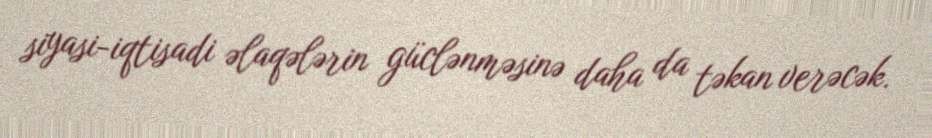
siyasi-iqtisadi əlaqələrin güclənməsinə daha da təkan verəcək.